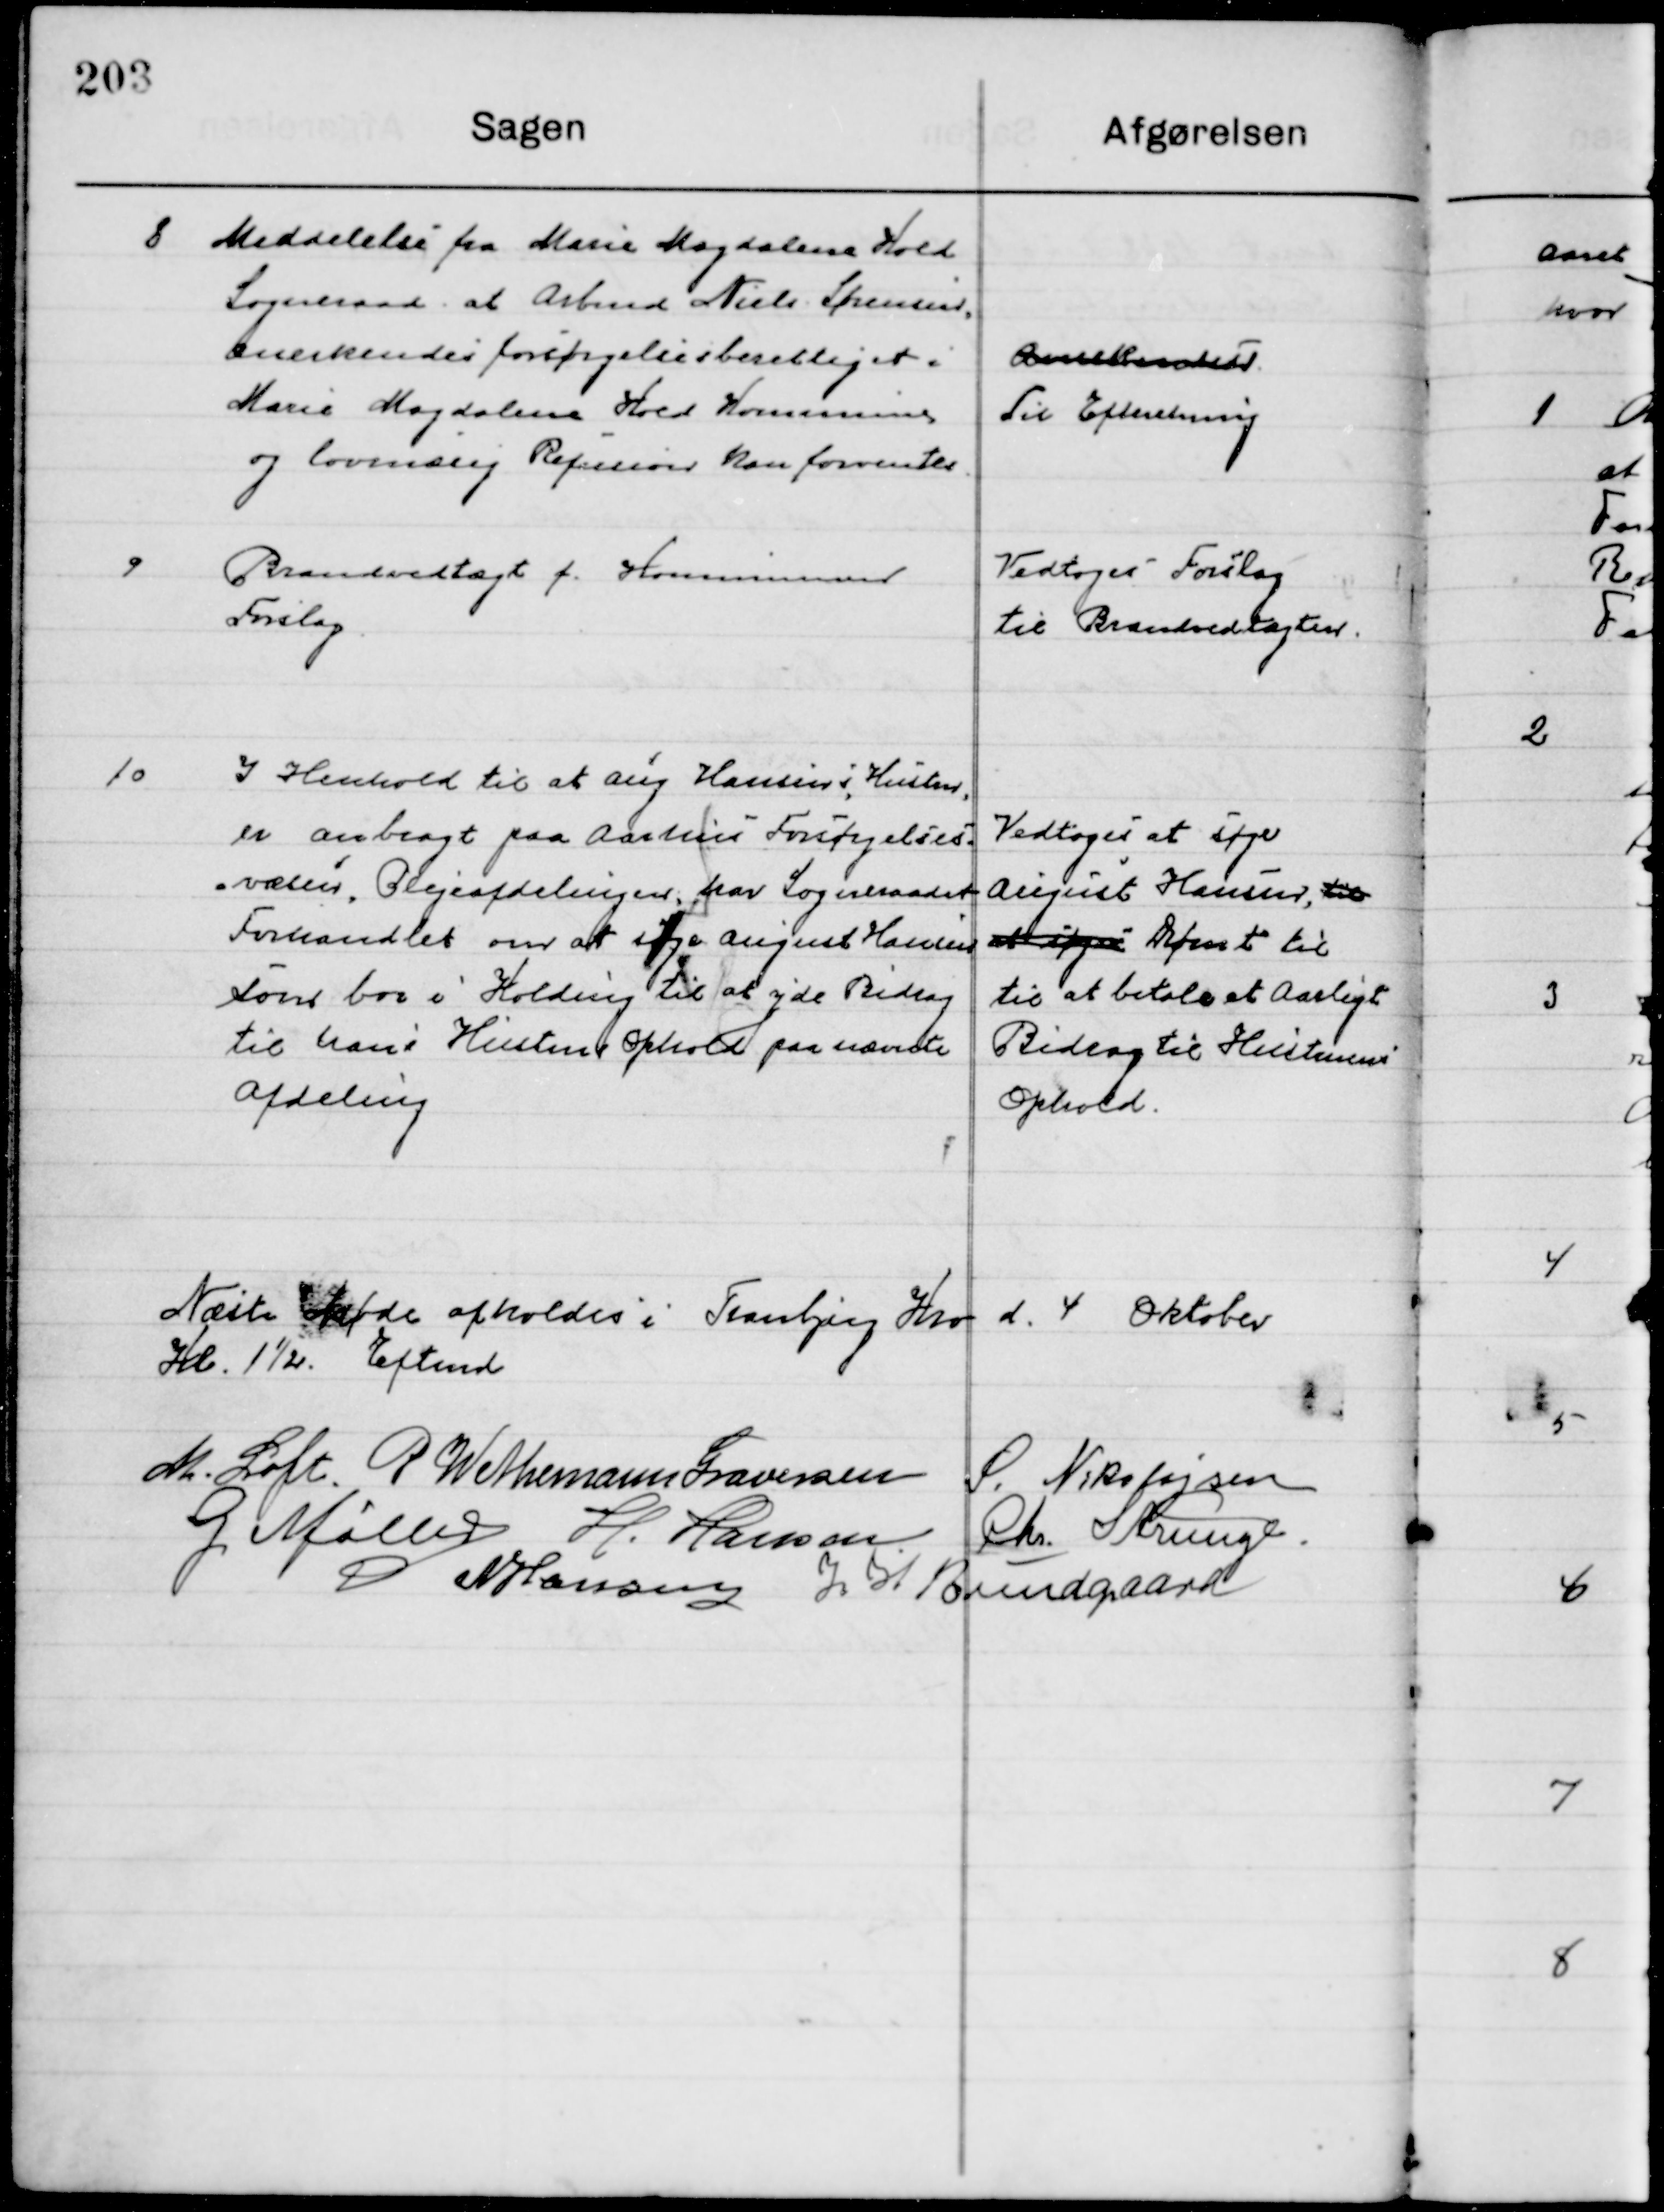
Transskription:
8

Meddelelse fra Marie Magdalene Hald
Sogneraad at Arbmd. Niels Sørensen
Anerkendes forsørgelsesberettiget i
Marie Magdalene Hald Kommune 
og Lovmæssig Refusion kan forventes

Anerkendelse
Til Efterretning

9

Brandvedtægt f. Kommunens
Forslag

Vedtoges Forslag
til Brandvedtægten

10

I Henhold til at ang. Hansens Husstand
er anbragt paa Aarhus Forsørgelses-
svæsen Plejeafdelingen har Sogneraadet
Forhandlet om at søge August Hansens
Som bor i Kolding til at yde Bidrag
Til hans Hustans Ophold paa nævnte
afdeling

Vedtoges at søge 
August Hansen, til
at ifølg Dømt til
Til at betale et Aarligt
Bidrag til Hustanens
Ophold

Næste Møde afholdes i Tranbjerg Kro d. 4de Oktober
Kl. 1½ Eftermd.

M. Loft
P. Wethemann Graversen
S. Nikolajsen
G. Møller
H. Hansen
Chr. Strunge
N. Hansen
J. W. Bundgaard